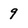
Character: 9